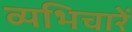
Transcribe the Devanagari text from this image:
व्यभिचारें